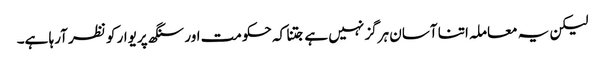
لیکن یہ معاملہ اتنا آسان ہرگز نہیں ہے جتنا کہ حکومت اور سنگھ پریوار کو نظر آرہا ہے۔